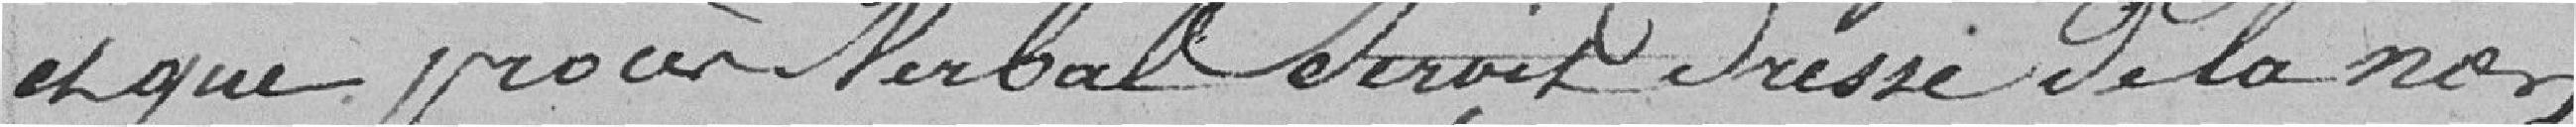
et que procès verbal seroit dressé de la non